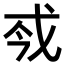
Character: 𢦟